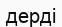
дерді